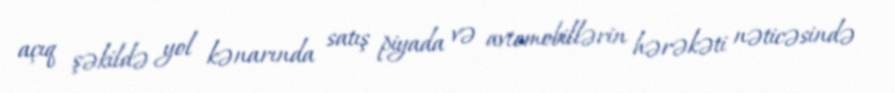
açıq şəkildə yol kənarında satış piyada və avtomobillərin hərəkəti nəticəsində